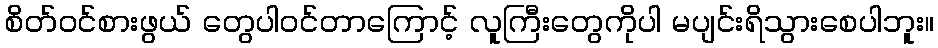
စိတ်ဝင်စားဖွယ် တွေပါဝင်တာကြောင့် လူကြီးတွေကိုပါ မပျင်းရိသွားစေပါဘူး။